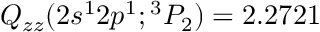
Q _ { z z } ( 2 s ^ { 1 } 2 p ^ { 1 } ; { ^ 3 P _ { 2 } } ) = 2 . 2 7 2 1